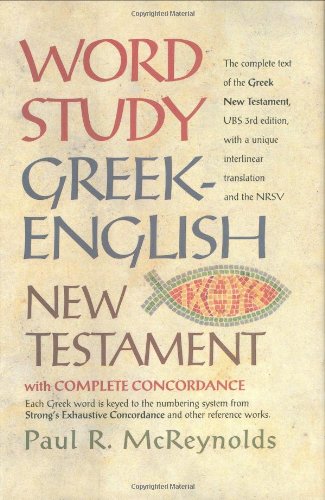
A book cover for Word Study Greek-English New Testament: with complete concordance; Paul R. McReynolds; Christian Books & Bibles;